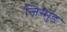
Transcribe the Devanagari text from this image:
जिग्मुंड